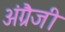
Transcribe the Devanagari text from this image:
अंग्रैजी